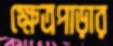
ক্ষেত্রপাড়ার